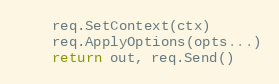
Language: Go
	req.SetContext(ctx)
	req.ApplyOptions(opts...)
	return out, req.Send()